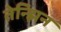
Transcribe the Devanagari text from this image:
तेन्झिन